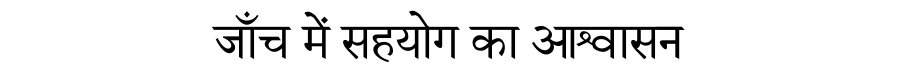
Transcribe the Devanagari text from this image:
जाँच में सहयोग का आश्वासन